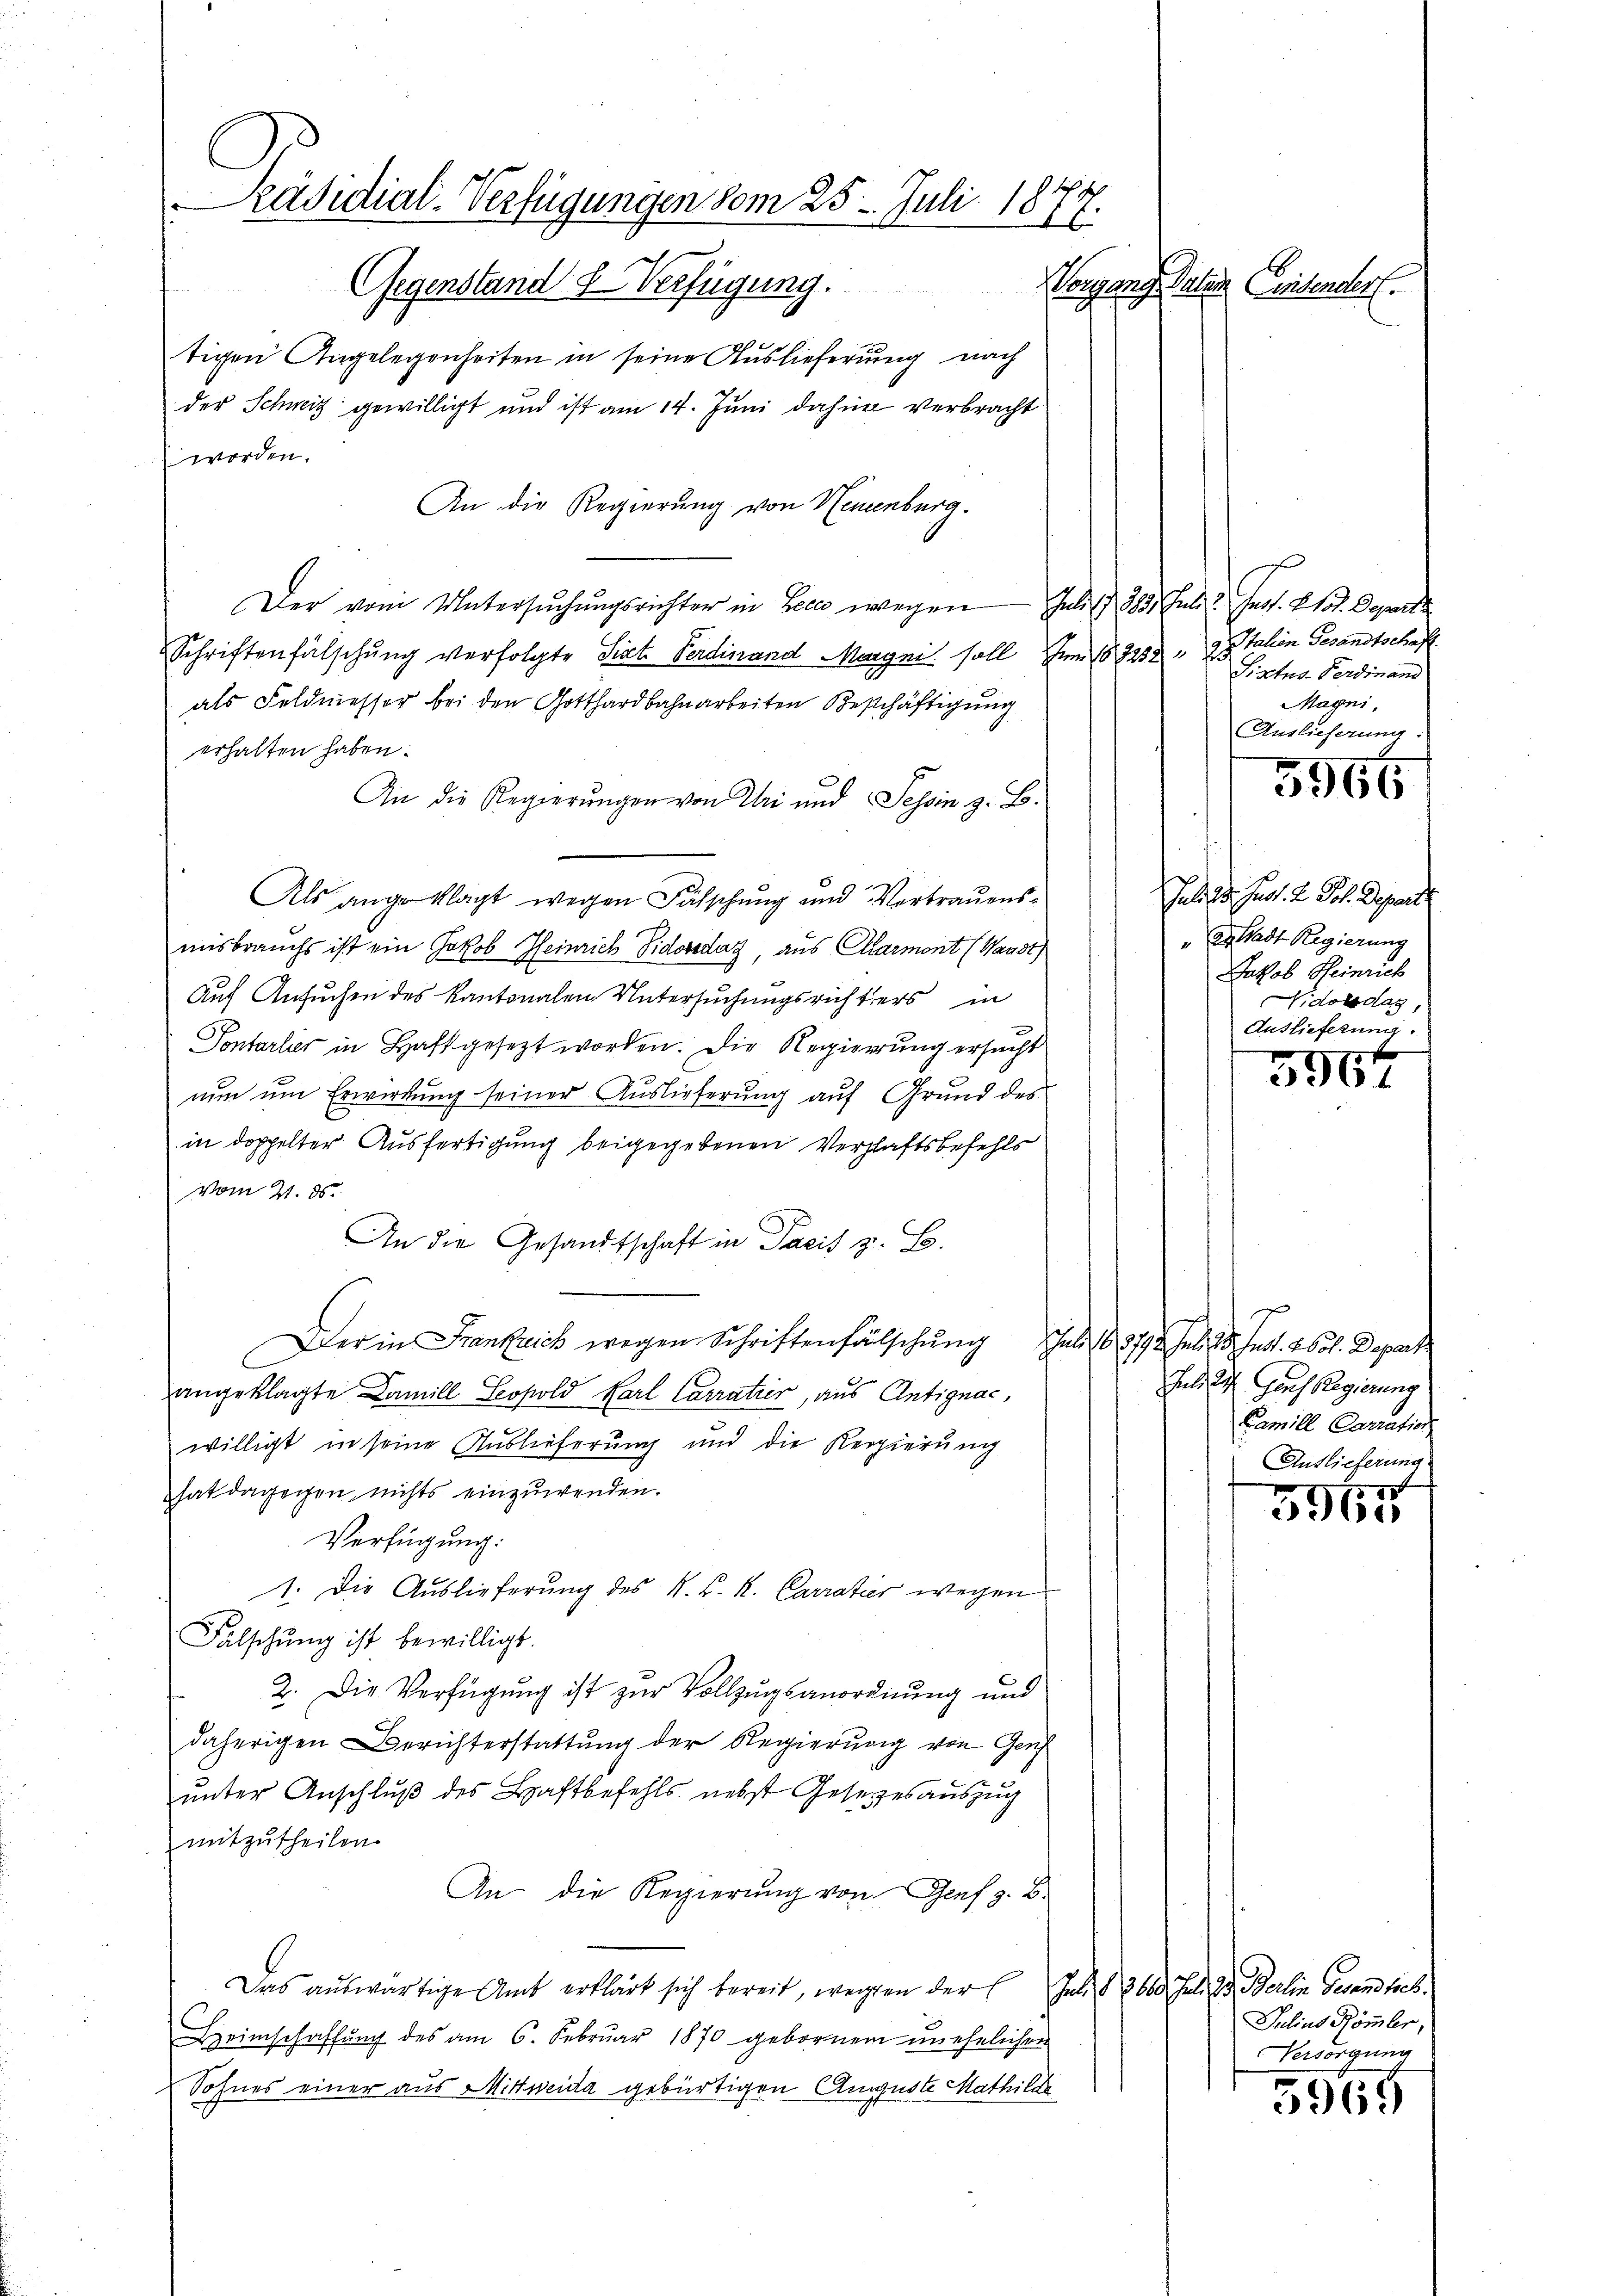
Präsidial-Verfügungen vom 25. Juli 1877.
Gegenstand & Verfügung.
Worgang Daten Eintender.

tigen Angelegenheiten in seine Auslieferung nach
der Schweiz gewilligt und ist am 14. Juni dahin verbracht
worden.
An die Regierung von Neuenburg.
Der vom Untersŭchŭngsrichter in Becce wegen Juli 28. Juli? Inst. 213. Departe
Schriftenfälschung verfolgte Tit. Ferdinand Magni soll um 18. 323. " Dr. Julian Gesandtschaft
als Feldmessor bei den Gotthardbahnarbeiten Beschäftigung
erhalten haben.
An die Regierŭngen von Uri und Tessin z. B.
Als angeklagt wegen Fässchŭng und Vertrauens-
misbrauchs ist ein Jakob Heinrich Sidorsdaz, aus Carmont (Waadt)
Auf Ansuchen des Kantonalen Untersuchungsrichters in
Pontarlier in Haftgesezt worden. Die Regierung ersucht
nun um Erwirkung seiner Auslieferung auf Grund des
in doppelter Ausfertigung beigegebenen Verschaftsbefehls
vom 21. ds.
An die Gesandtschaft in Pacis z. B.
Der in Frankreich wegen Schriftenfälschŭng Juli 183774. Juli 13. Just. 260. Departe
angeklagte Famill Lopold Karl Carratier, aus Antignac,
willigt in seine Auslieferung und die Regierŭng
hat dagegen nichts einzuwenden.
Verfügung:
1. Die Auslieferung des N. K. K. Carratier wegen
Falschung ist bewilligt.
2. Die Verfügung ist zur Vollzugsanordnung und
daherigen Berichterstattung der Regierung von Genf
unter Anschluß des Haftbefehls nebst Gesetzesauszug
mitzutheilen.
An die Regierung von Genf z. B.
Das auswärtige Amt erklärt sich bereit, wegen der 6 Juli § 3600. Juli der Berlin Gesandtsch¬
Heimschaffŭng des am 6. Febrŭar 1870 gebornem unehelichen
Sohnes einer aus Mittweida gebürtigen Auguste Mathilde

Sixtus-Verdinand
Mayni,
Auslieferung.

5966

Jal. 23. Juch. 2. Joh. Depart
" Dr. Stadt Regierung
Jakob Heinrich
idondlag
Ausliefern

3964

nd St. Gauch Regierung
Camill Carration
Auslieferung

5965

Julius Römler,
Versorgung

5965